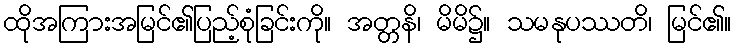
ထိုအကြားအမြင်၏ပြည့်စုံခြင်းကို။ အတ္တနိ၊ မိမိ၌။ သမနုပဿတိ၊ မြင်၏။